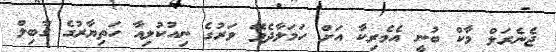
ޖެނެރަލް މާކް ބުނީ އެމެރިކާ އަށް ހަމަލާދެވޭ ވަރުގެ ނިއުކުލިއާ ހަތިޔާރުގެ ގާބިލް